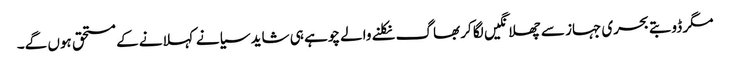
مگر ڈوبتے بحری جہاز سے چھلانگیں لگا کر بھاگ نکلنے والے چوہے ہی شاید سیانے کہلانے کے مستحق ہوں گے۔